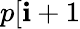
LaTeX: p[\mathbf{i}+1